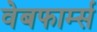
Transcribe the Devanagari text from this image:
वेबफार्म्स